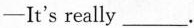
—It's really ___ .